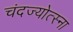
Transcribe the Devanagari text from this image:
चंदज्योत्स्ना